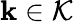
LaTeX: \mathbf{k}\in\mathcal{K}